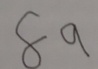
8 9